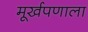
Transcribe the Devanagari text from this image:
मूर्खपणाला